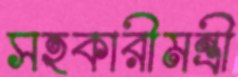
সহকারীমন্ত্রী